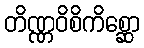
တိဏ္ဏဝိစိကိစ္ဆော